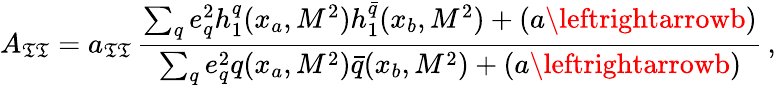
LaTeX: A_{\mathfrak{T}\mathfrak{T}}=a_{\mathfrak{T}\mathfrak{T}}\, \frac{{\sum_{q}e_{q}^{2}h_{1}^{q}(x_{a},M^{2})h_{1}^{\bar{{q}}}(x_{b},M^{2})+(a\leftrightarrowb)}}{{\sum_{q}e_{q}^{2}q(x_{a},M^{2})\bar{{q}}(x_{b},M^{2})+(a\leftrightarrowb)}}\, ,